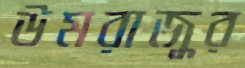
উমরাজুর